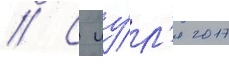
// С иу́л'я 2017